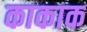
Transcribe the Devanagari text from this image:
काकाक